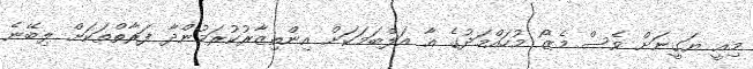
މިއީ ޔަގީނަށް ވެސް މެޒޯ މުހައްމަދުގެ އާ އަލްބަމަކަށް އިންތިޒާރުކުރަމުންދާ ފަރާތްތަކަށް ލިބޭނެ